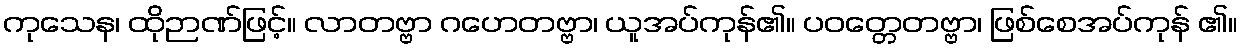
ကုသေန၊ ထိုဉာဏ်ဖြင့်။ လာတဗ္ဗာ ဂဟေတဗ္ဗာ၊ ယူအပ်ကုန်၏။ ပဝတ္တေတဗ္ဗာ၊ ဖြစ်စေအပ်ကုန် ၏။